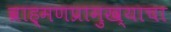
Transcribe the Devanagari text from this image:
ब्राह्मणप्रामुख्याचा